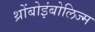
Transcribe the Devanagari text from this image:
थ्रोंबोइंबोलिज्म